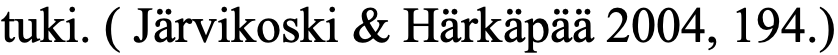
tuki. ( Järvikoski & Härkäpää 2004, 194.)